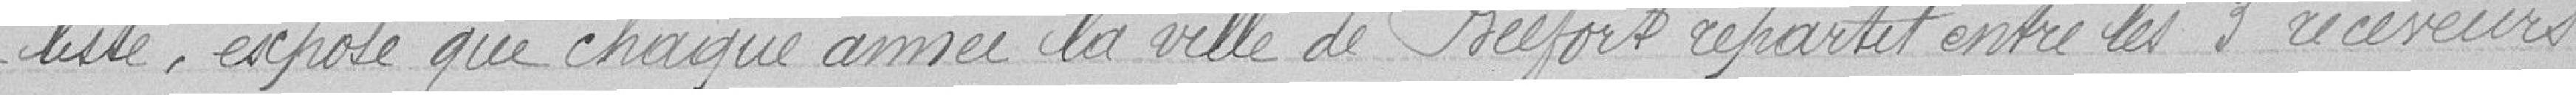
liste, expose que chaque année la ville de Belfort répartit entre les 3 receveurs